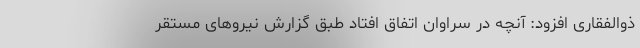
ذوالفقاری افزود: آنچه در سراوان اتفاق افتاد طبق گزارش نیروهای مستقر